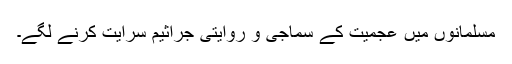
مسلمانوں میں عجمیت کے سماجی و روایتی جراثیم سرایت کرنے لگے۔